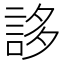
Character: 誃